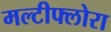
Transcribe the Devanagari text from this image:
मल्टीफ्लोरा